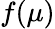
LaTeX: f(\mu)